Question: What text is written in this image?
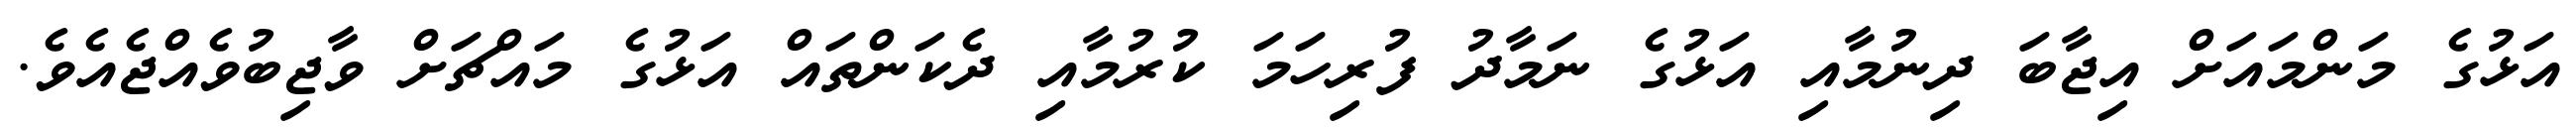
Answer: އަޅުގެ މަންމައަށް އިޖާބަ ދިނުމާއި އަޅުގެ ނަމާދު ފުރިހަމަ ކުރުމާއި ދެކަންތައް އަޅުގެ މައްޗަށް ވާޖިބުވެއްޖެއެވެ.